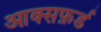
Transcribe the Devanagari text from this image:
आक्सफ़र्ड